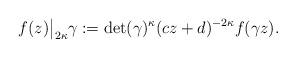
LaTeX: \begin{align*}f(z)\big|_{2\kappa}\gamma:=\det(\gamma)^{\kappa} (cz+d)^{-2\kappa}f(\gamma z).\end{align*}